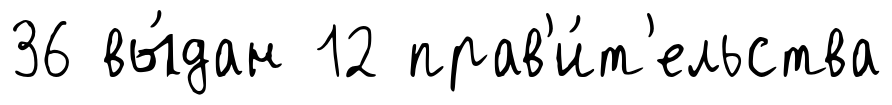
36 вы́дан 12 прав'и́т'ельства